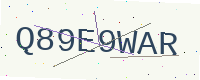
Text: Q89E9WAR